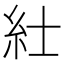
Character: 𥾘